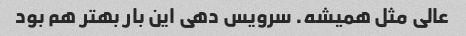
عالی مثل همیشه. سرویس دهی این بار بهتر هم بود